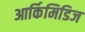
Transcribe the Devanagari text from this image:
आर्किमिडिज